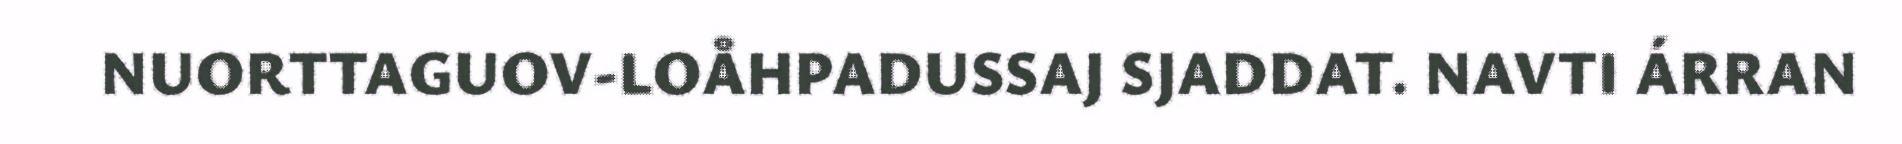
NUORTTAGUOV-LOÅHPADUSSAJ SJADDAT. NAVTI ÁRRAN